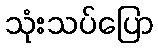
သုံးသပ်ပြော